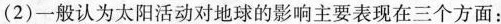
一般认为太阳活动对地球的影响主要表现在三个方面：